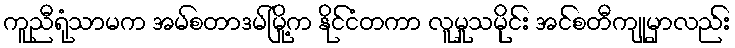
ကူညီရုံသာမက အမ်စတာဒမ်မြို့က နိုင်ငံတကာ လူမှုသမိုင်း အင်စတီကျုမှာလည်း